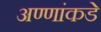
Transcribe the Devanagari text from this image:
अण्णांकडे